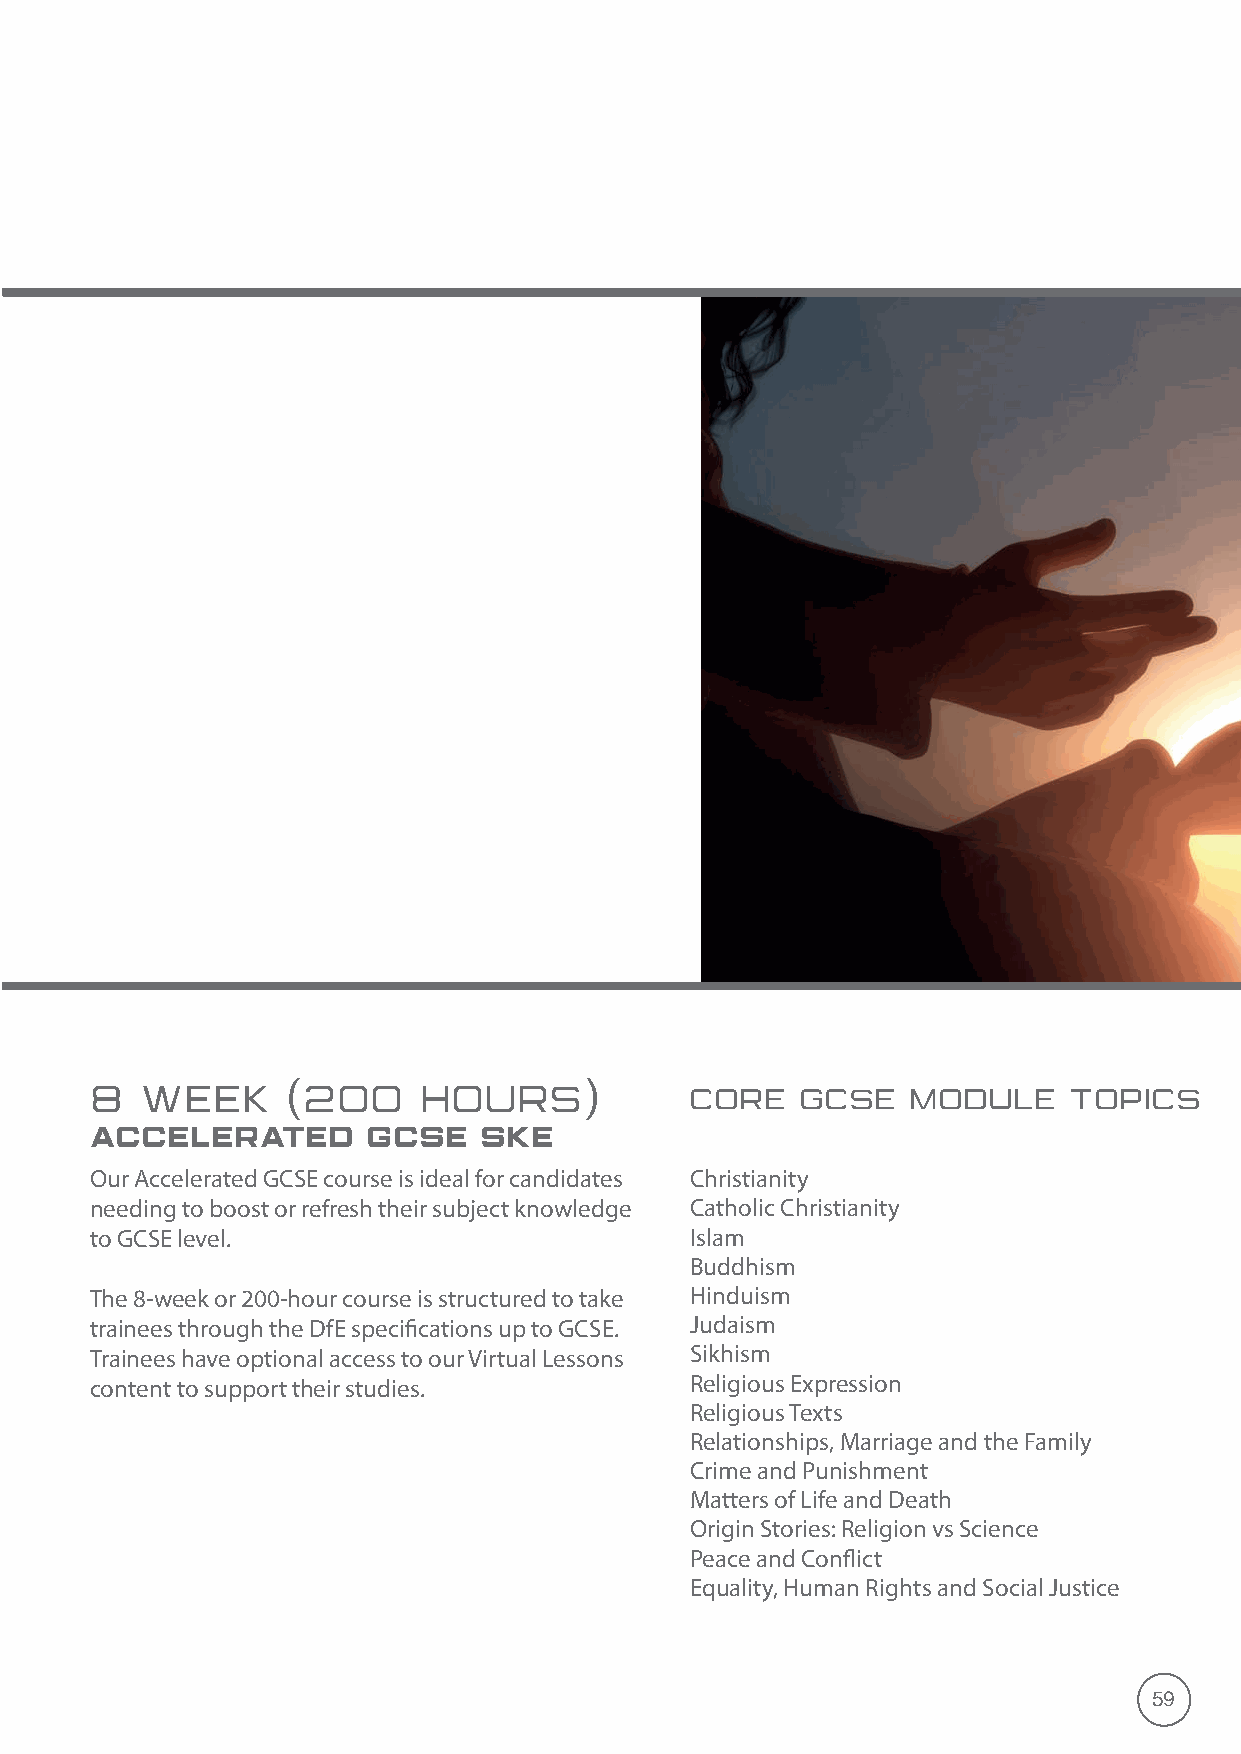
8  WEEK      (200     HOURS)            CORE   GCSE   MODULE     TOPICS
 ACCELERATED       GCSE    SKE
 Our Accelerated GCSE course is ideal for candidates Christianity
 needing to boost or refresh their subject knowledge Catholic Christianity
 to GCSE level.                          Islam
 Buddhism
 The 8-week or 200-hour course is structured to take Hinduism
 trainees through the DfE specifications up to GCSE. Judaism
 Trainees have optional access to our Virtual Lessons Sikhism
 content to support their studies.       Religious Expression
 Religious Texts
 Relationships, Marriage and the Family
 Crime and Punishment
 Matters of Life and Death
 Origin Stories: Religion vs Science
 Peace and Conflict
 Equality, Human Rights and Social Justice
 59